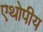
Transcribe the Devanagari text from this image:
एथोपीय